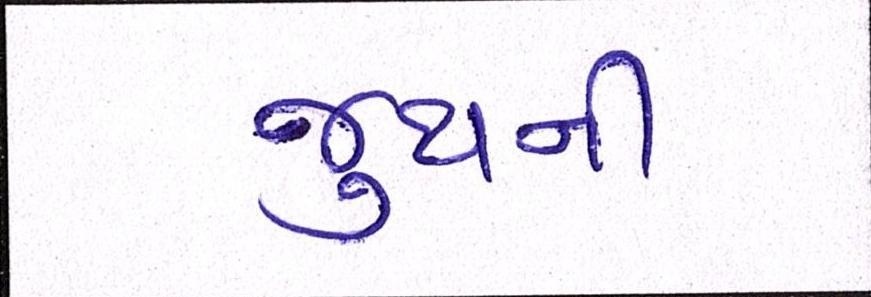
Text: જુથની